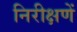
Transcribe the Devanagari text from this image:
निरीक्षणें